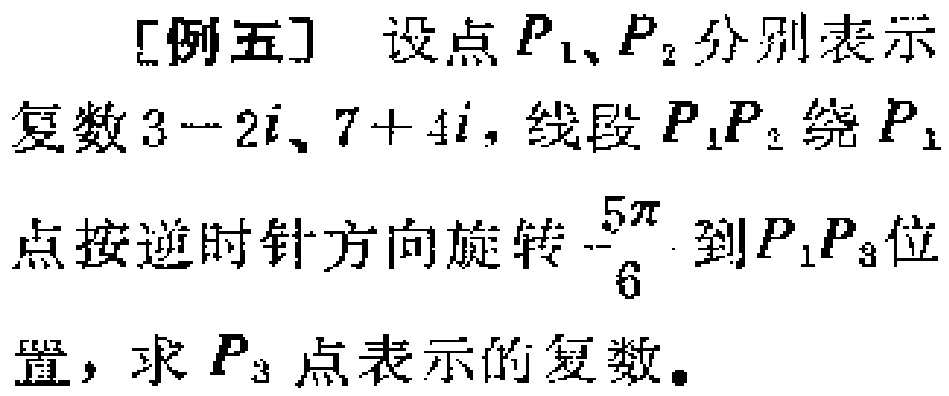
[例五] 设点$P_1、P_2$分别表示
复数$3 - 2i、7 + 4i$，线段$P_1P_2$绕$P_1$
点按逆时针方向旋转$\frac{5\pi}{6}$到$P_1P_3$位
置，求$P_3$点表示的复数。